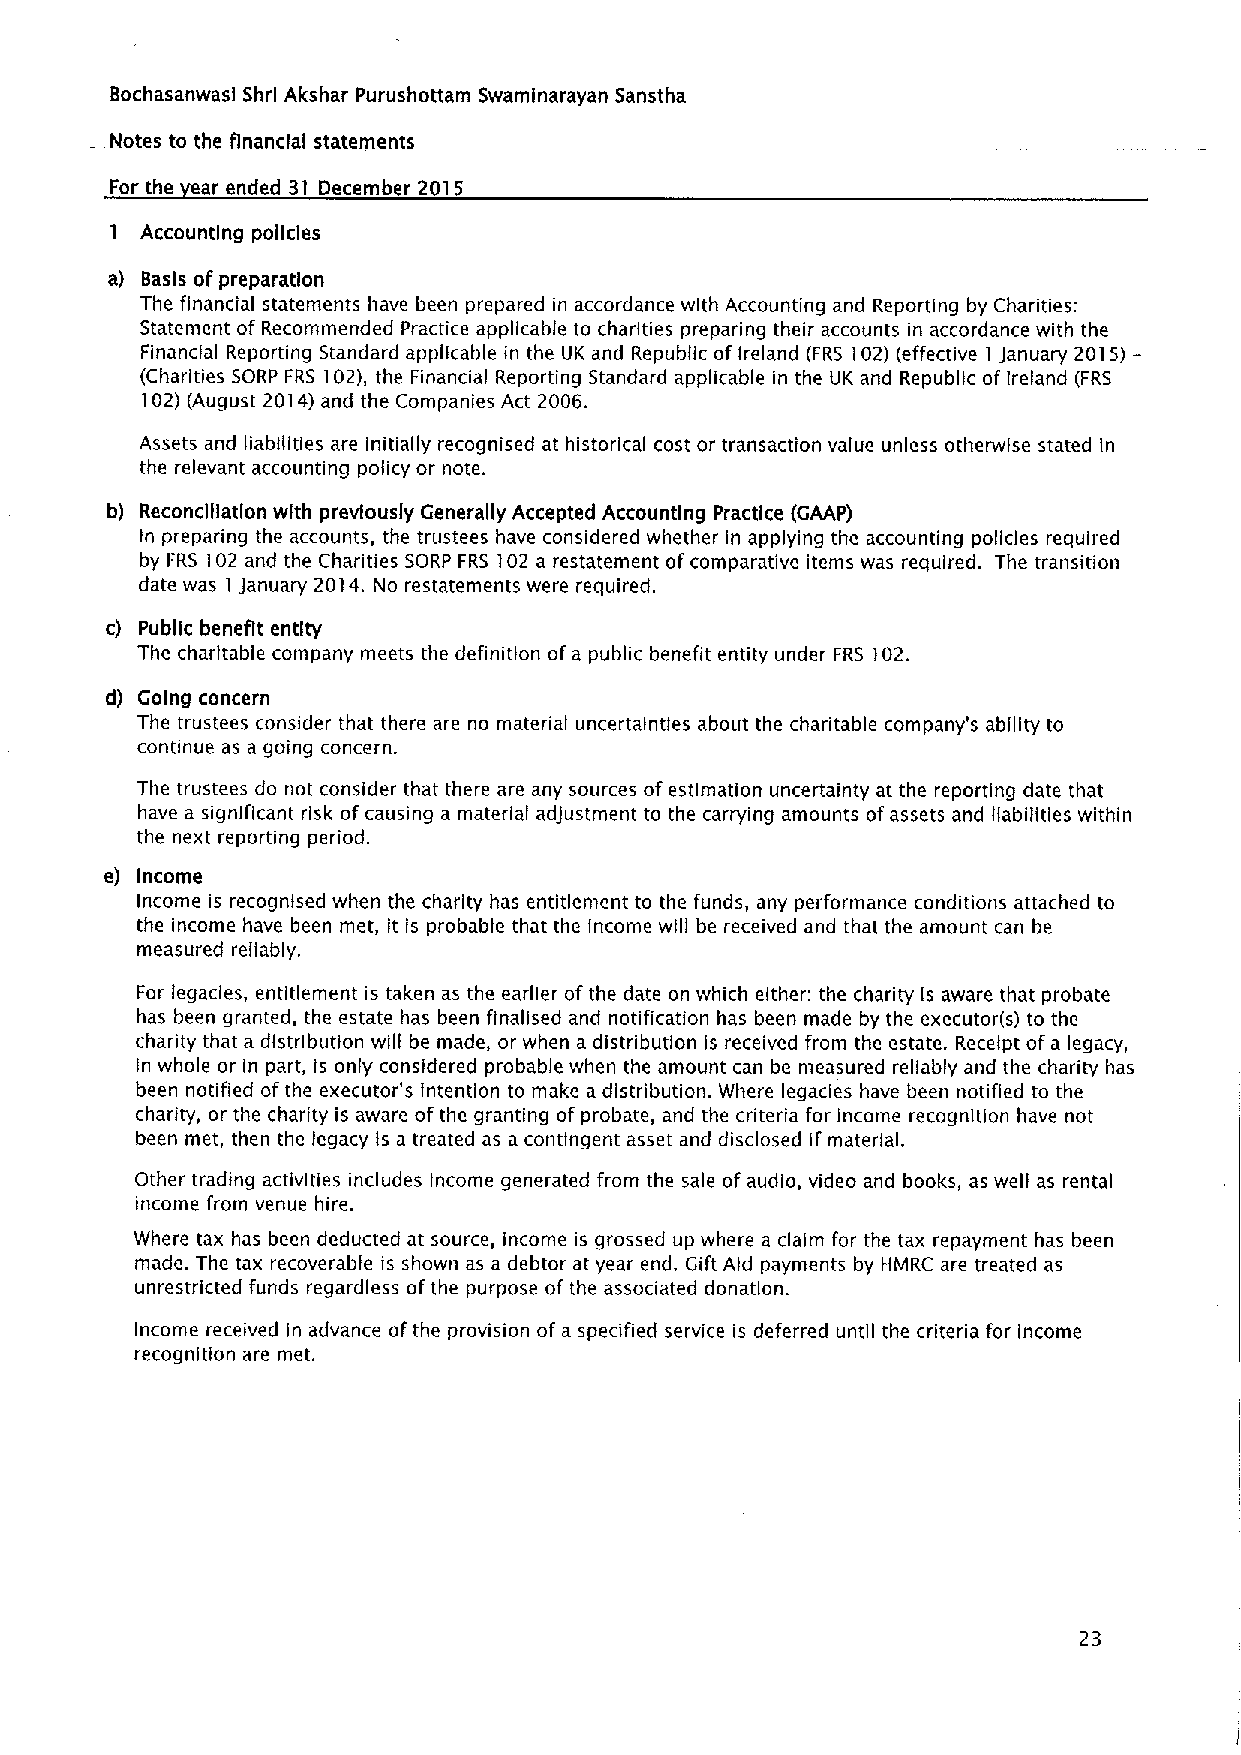
Bochasanwasl Shrl Akshar Purushottam Swaminarayan Sanstha
 Notes to the Ananclal statements
 For the ear ended 31 December 2015
 1 Accounting policies
 a) Basis ofpreparation
 The financial statements have been prepared in accordance with Accounting and Reporting by Charities:
 Statement of Recommended Practice applicable to charities preparing their accounts In accordance with the
 Financial Reporting Standard applicable in the UK and Republic of Ireland (FRS 102)(effective I January 2015)—
 (Charities SORP FRS 102), the Financial Reporting Standard applicable in the UK and Republic of Ireland (FRS
 102)(August 2014)and the Companies Act 2006.
 Assets and liabilities are initially recognised at historical cost or transaction value unless otherwise stated in
 the relevant accounting policy or note.
 b) Reconciliation with previously Generally Accepted Accounting Practice (GAAP)
 In preparing the accounts, the trustees have considered whether in applying the accounting policies required
 by FRS 102 and the Charities SORP FRS 102 a restatement ofcomparative items was required. The transition
 date was I January 2014. No restatements were required.
 c) Public benefit entity
 The charitable company meets the definition ofa public benefit entity under FRS 102.
 d) Going concern
 The trustees consider that there are no material uncertainties about the charitable company's ability to
 continue as a going concern.
 The trustees do not consider that there are any sources ofestimation uncertainty at the reporting date that
 have a significant risk of causing a material adJustment to the carrying amounts ofassets and liabilities within
 the next reporting period.
 e) Income
 Income is recognised when the charity has entitlement to the funds, any performance conditions attached to
 the income have been met, it is probable that the Income will be received and that the amount can be
 measured reliably.
 For legacies, entitlement is taken as the earlier ofthe date on which either: the charity Is aware that probate
 has been granted, the estate has been finalised and notification has been made by the executor(s) to the
 charity that a distribution will be made, or when a distribution is received from the estate. Receipt ofa legacy,
 in whole or in part, is only considered probable when the amount can be measured reliably and the charity has
 been notified ofthe executor's intention to make a distribution. Where legacies have been notified to the
 charity, or the charity is aware ofthe granting of probate, and the criteria for income recognition have not
 been met, then the legacy is a treated as a contingent asset and disclosed if material.
 Other trading activities includes income generated from the sale of audio, video and books, as well as rental
 income from venue hire.
 Where tax has been deducted at source, income is grossed up where a claim for the tax repayment has been
 made. The tax recoverable is shown as a debtor at year end. Gift Aid payments by HMRC are treated as
 unrestricted funds regardless ofthe purpose ofthe associated donation.
 Income received in advance ofthe provision of a specified service is deferred until the criteria for income
 recognition are met.
 23